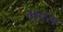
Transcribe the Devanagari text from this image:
भुवस